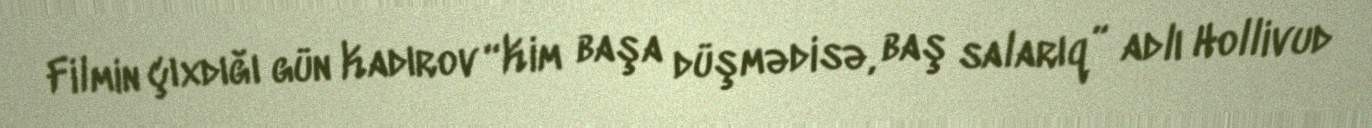
Filmin çıxdığı gün Kadırov “Kim başa düşmədisə, baş salarıq” adlı Hollivud